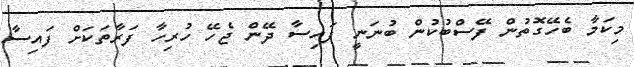
މިކަމާ ބެހޭގޮތުން ފޭސްބުކުން ބުނަނީ ފައިސާ ދޭން ޖެހޭ ހުރިހާ ފަރާތަކަށް ފައިސާ